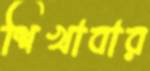
শিখাবার